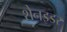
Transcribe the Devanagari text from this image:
शेनइडर